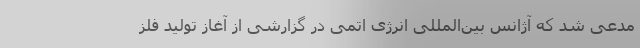
مدعی شد که آژانس بین‌المللی انرژی اتمی در گزارشی از آغاز تولید فلز